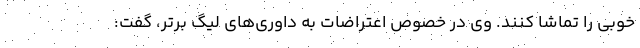
خوبی را تماشا کنند. وی در خصوص اعتراضات به داوری‌های لیگ برتر، گفت: